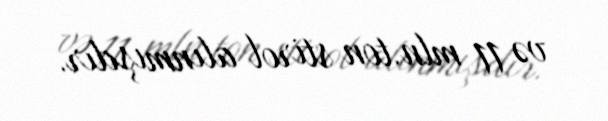
və 11 mln.ton stirol alınmışdır.